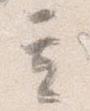
其